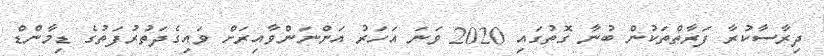
ދިރާސާކުރާ ފަރާތްތަކުން ބުނާ ގޮތުގައި 2020 ވަނަ އަހަރު އަންނަންވާއިރަށް ވައިގެދަތުރުފަތުގެ ޑިމާންޑް